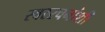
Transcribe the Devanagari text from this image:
स्वररचनांशी